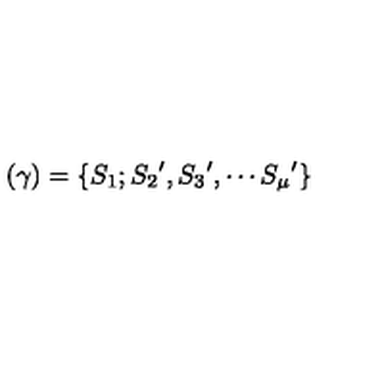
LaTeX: ( \gamma ) = \{ S _ { 1 } ; { S _ { 2 } } ^ { \prime } , { S _ { 3 } } ^ { \prime } , \cdots { S _ { \mu } } ^ { \prime } \}